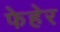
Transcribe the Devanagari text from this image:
फेहेर